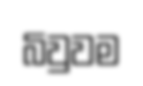
බිවුවම